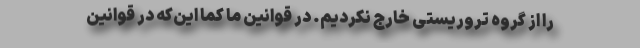
را از گروه تروریستی خارج نکردیم. در قوانین ما کما این‌که در قوانین